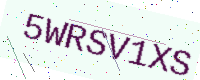
Text: 5WRSV1XS